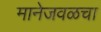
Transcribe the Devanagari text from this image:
मानेजवळचा